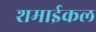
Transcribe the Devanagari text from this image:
शमाईकल